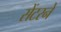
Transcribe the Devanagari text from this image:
सेंटरने